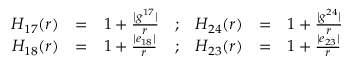
\begin{array} { r c l c r c l } { { H _ { 1 7 } ( r ) } } & { { = } } & { { 1 + \frac { \vert g ^ { 1 7 } \vert } { r } } } & { { ; } } & { { H _ { 2 4 } ( r ) } } & { { = } } & { { 1 + \frac { \vert g ^ { 2 4 } \vert } { r } } } \\ { { H _ { 1 8 } ( r ) } } & { { = } } & { { 1 + \frac { \vert e _ { 1 8 } \vert } { r } } } & { { ; } } & { { H _ { 2 3 } ( r ) } } & { { = } } & { { 1 + \frac { \vert e _ { 2 3 } \vert } { r } } } \end{array}